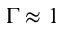
\Gamma \approx 1